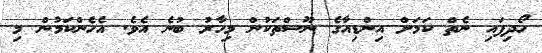
ހޯދިފައި ނެތް ކަމަށް އިންޑިއާގެ ނޫސްތަކުން މިހާރު ބުނެ އެވެ. އެހެންކަމުން މި